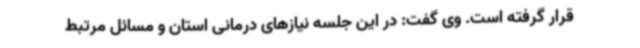
قرار گرفته است. وی گفت: در این جلسه نیازهای درمانی استان و مسائل مرتبط